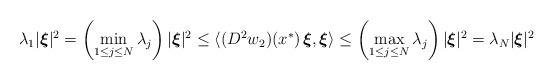
LaTeX: \begin{align*} \lambda_1|\boldsymbol{\xi}|^2=\left(\min_{1\leq j\leq N} \lambda_j\right) | \boldsymbol{\xi}|^2 \leq \langle (D^2 w_2)(x^*)\,\boldsymbol{\xi},\boldsymbol{\xi} \rangle \leq \left(\max_{1\leq j\leq N} \lambda_j\right) | \boldsymbol{\xi}|^2 = \lambda_N |\boldsymbol{\xi}|^2\end{align*}